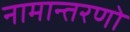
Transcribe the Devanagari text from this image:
नामान्तरणो